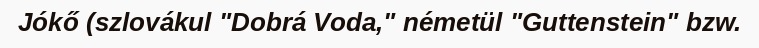
Jókő (szlovákul "Dobrá Voda," németül "Guttenstein" bzw.